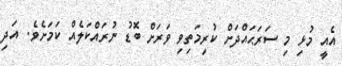
އެއީ މުޅި މި ސަރަޙައްދަށް ކުރިމަތިވި ވަރަށް ބޮޑު ނުރައްކަލެއް ކަމަށެވެ. އަދި